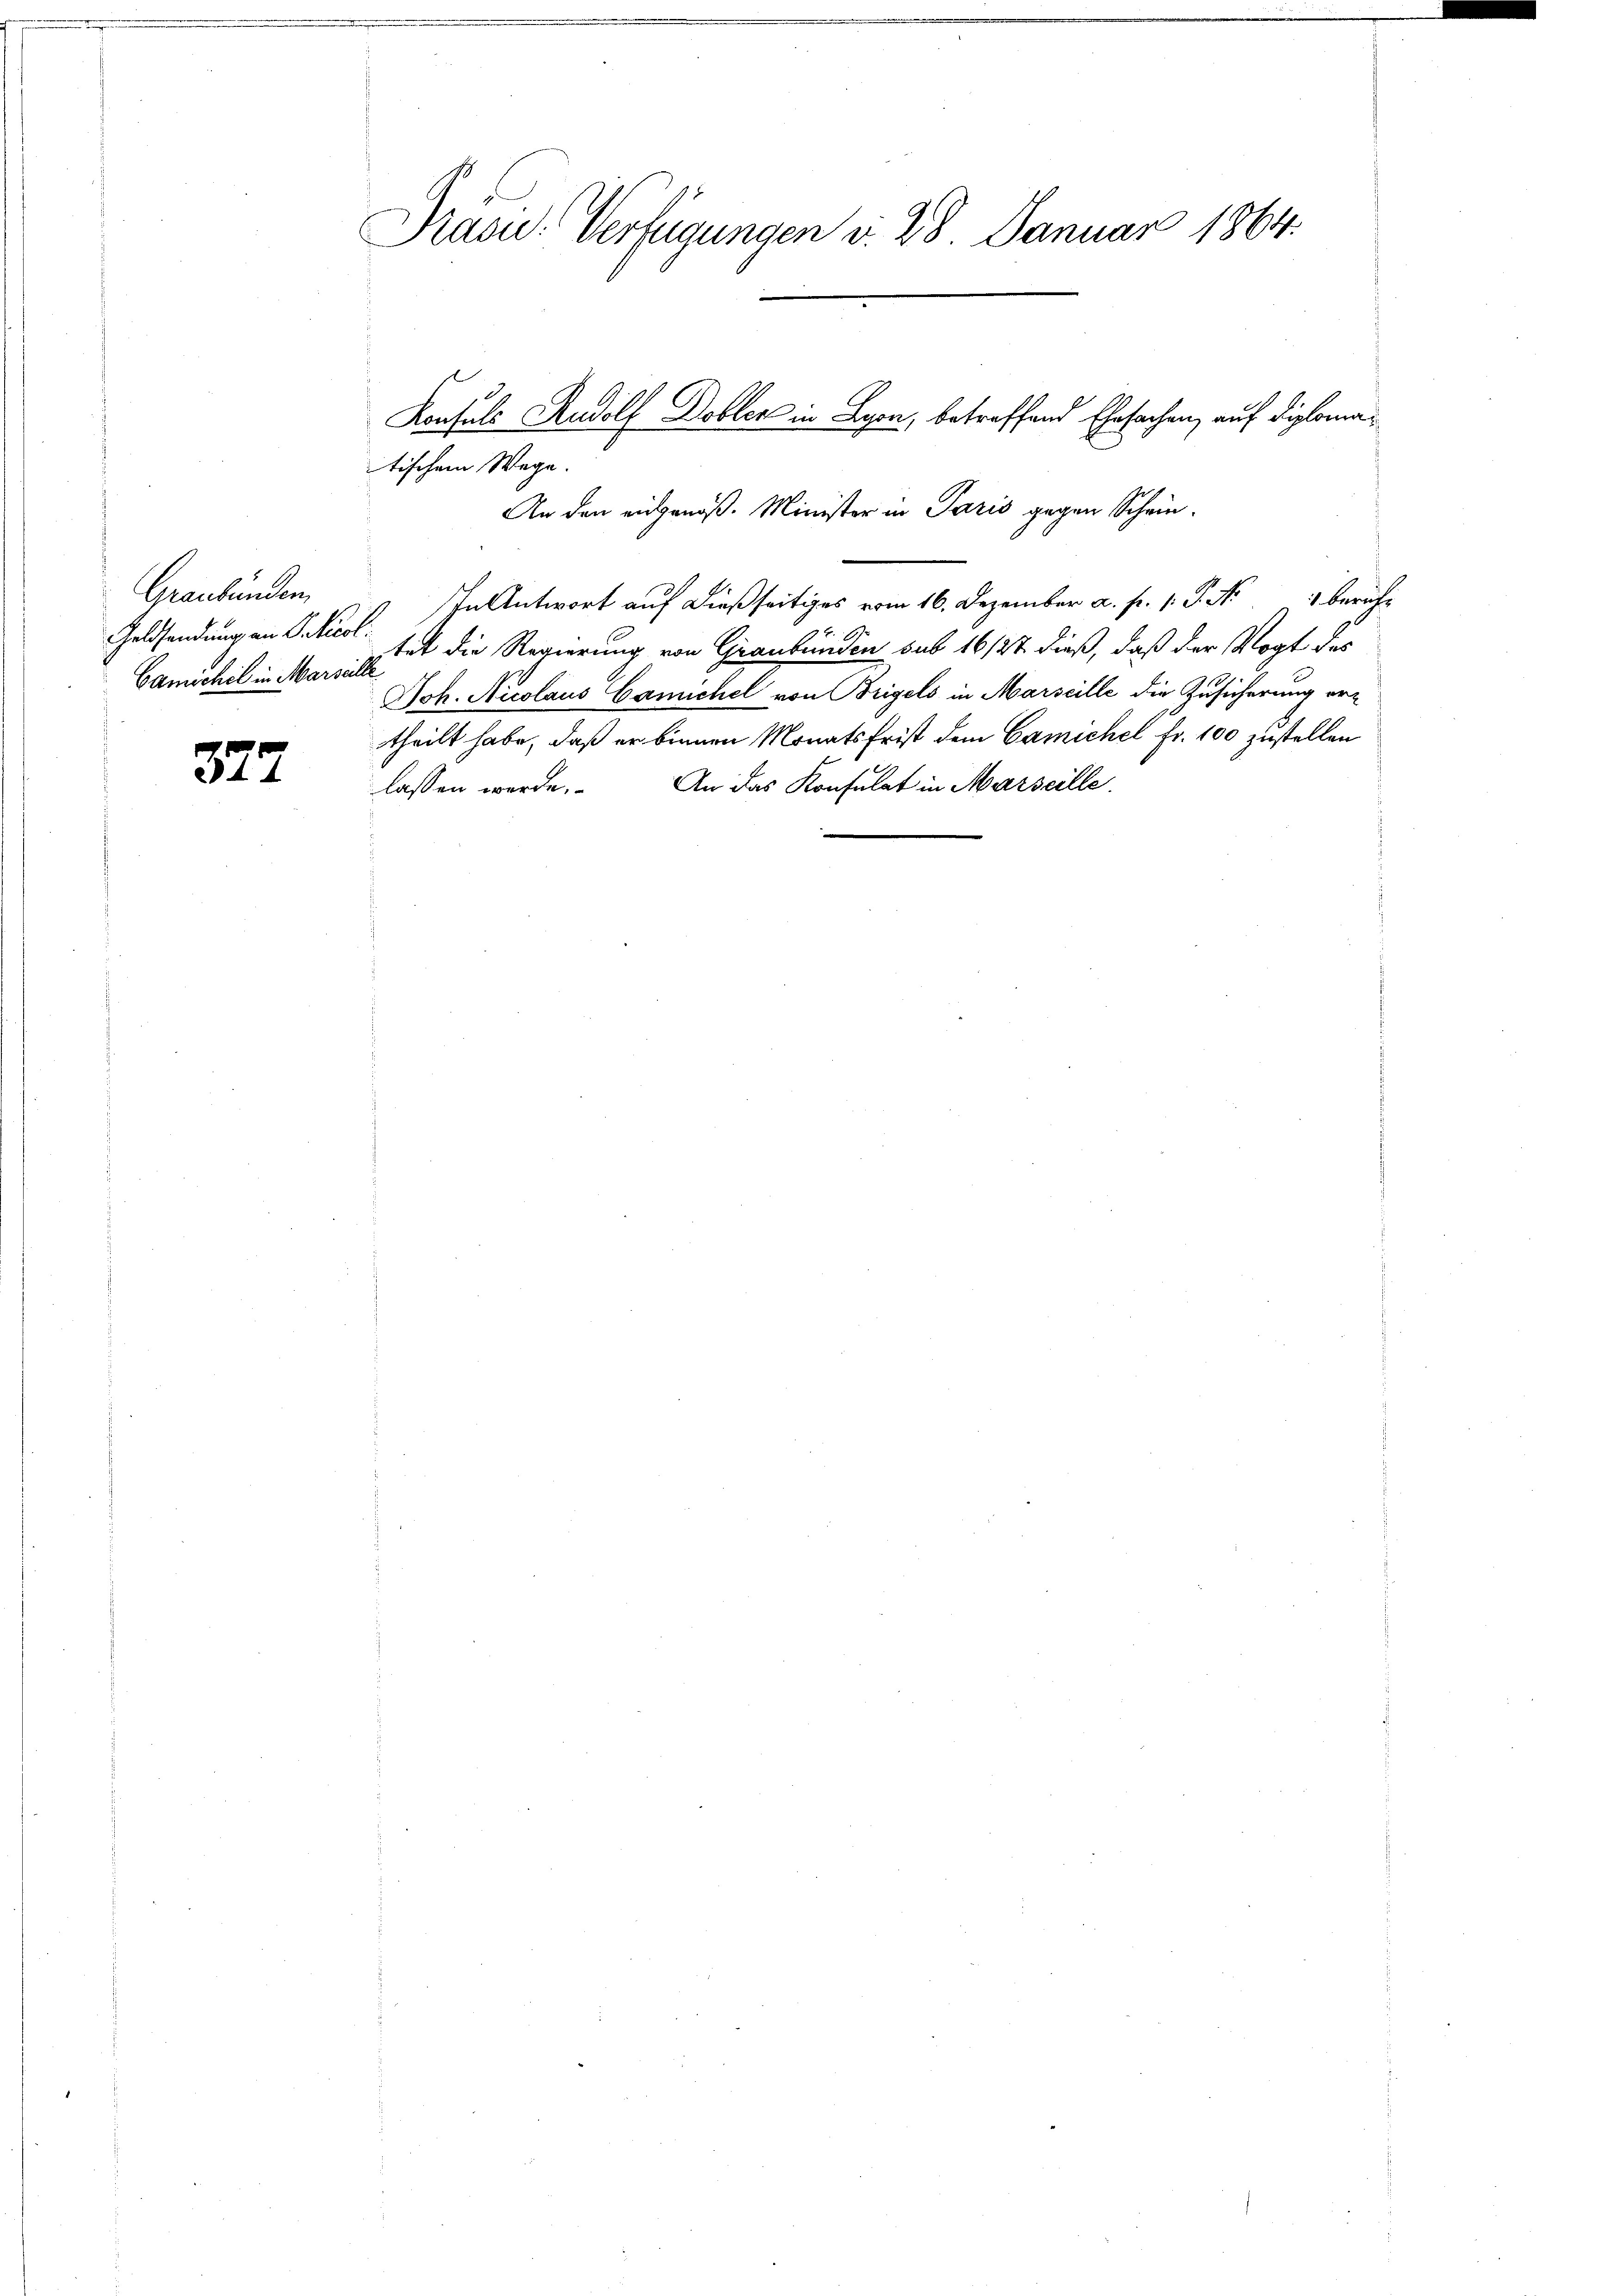
Graubünden,
Geldsendung an Jokicol
Gamichel in Marseille

322

Präsid. Verfügungen v. 28. Januar 1864.

tischem Wege.
An den eidgenöß. Minister in Paris gegen Schein¬
In Antwort auf dießseitiges vom 16. Dezember a. p. 1. P. Nr. 1 beruhe
tet die Regierung von Graubünden sub 16/27 dieß, daß der Vogt des
Joh. Nicolaus Camichel von Brigels in Marseille die Zusicherung ertheilt habe, daß er binnen Monatsfrist dem Camichel Fr. 100 zustellen
An das Konsulat in Marseille.
lassen werde.

Konsuls Rudolf Dobler in Lyon, betreffend Ehrsachen, auf Diploma¬